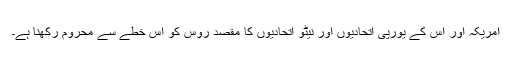
امریکہ اور اس کے یورپی اتحادیوں اور نیٹو اتحادیوں کا مقصد روس کو اس خطے سے محروم رکھنا ہے۔